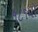
૧૮૧મો